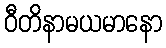
ဝီတိနာမယမာနော